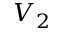
V _ { 2 }